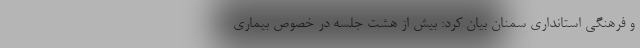
و فرهنگی استانداری سمنان بیان کرد: بیش از هشت جلسه در خصوص بیماری